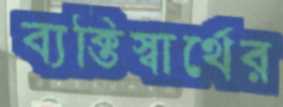
ব্যক্তিস্বার্থের